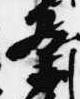
条